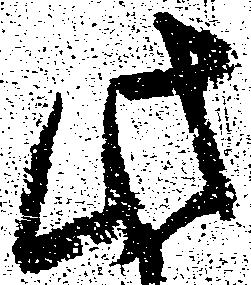
此